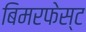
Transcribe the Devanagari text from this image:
बिमरफेस्ट